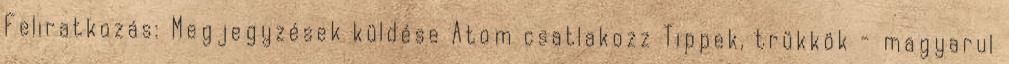
Feliratkozás: Megjegyzések küldése Atom csatlakozz Tippek, trükkök - magyarul